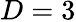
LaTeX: D=3